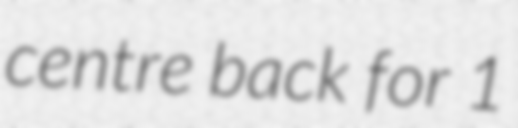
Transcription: centre back for 1